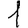
Digit: 1